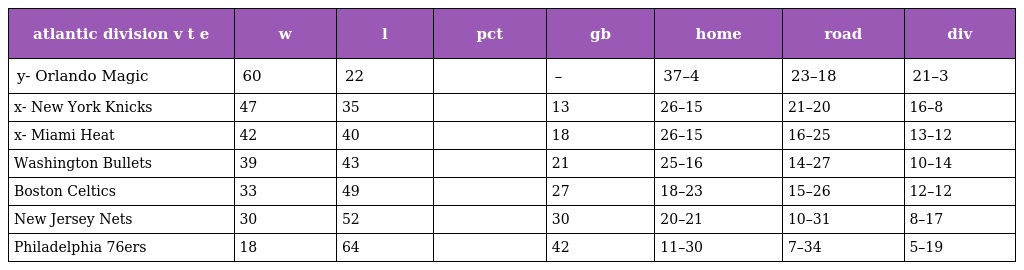
| atlantic division v t e | w | l | pct | gb | home | road | div |
 | --- | --- | --- | --- | --- | --- | --- | --- |
 | y- Orlando Magic | 60 | 22 |  | – | 37–4 | 23–18 | 21–3 |
 | x- New York Knicks | 47 | 35 |  | 13 | 26–15 | 21–20 | 16–8 |
 | x- Miami Heat | 42 | 40 |  | 18 | 26–15 | 16–25 | 13–12 |
 | Washington Bullets | 39 | 43 |  | 21 | 25–16 | 14–27 | 10–14 |
 | Boston Celtics | 33 | 49 |  | 27 | 18–23 | 15–26 | 12–12 |
 | New Jersey Nets | 30 | 52 |  | 30 | 20–21 | 10–31 | 8–17 |
 | Philadelphia 76ers | 18 | 64 |  | 42 | 11–30 | 7–34 | 5–19 |